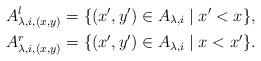
LaTeX: \begin{align*}A_{\lambda,i,(x,y)}^{l} &= \{ (x',y') \in A_{\lambda,i} \mid x' < x \}, \\A_{\lambda,i,(x,y)}^{r} &= \{ (x',y') \in A_{\lambda,i} \mid x < x' \}.\end{align*}